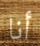
أنا